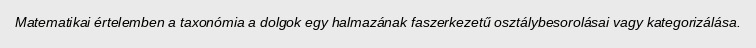
Matematikai értelemben a taxonómia a dolgok egy halmazának faszerkezetű osztálybesorolásai vagy kategorizálása.